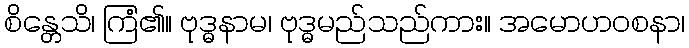
စိန္တေသိ၊ ကြံ၏။ ဗုဒ္ဓနာမ၊ ဗုဒ္ဓမည်သည်ကား။ အမောဟဝစနာ၊